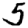
Digit: 5